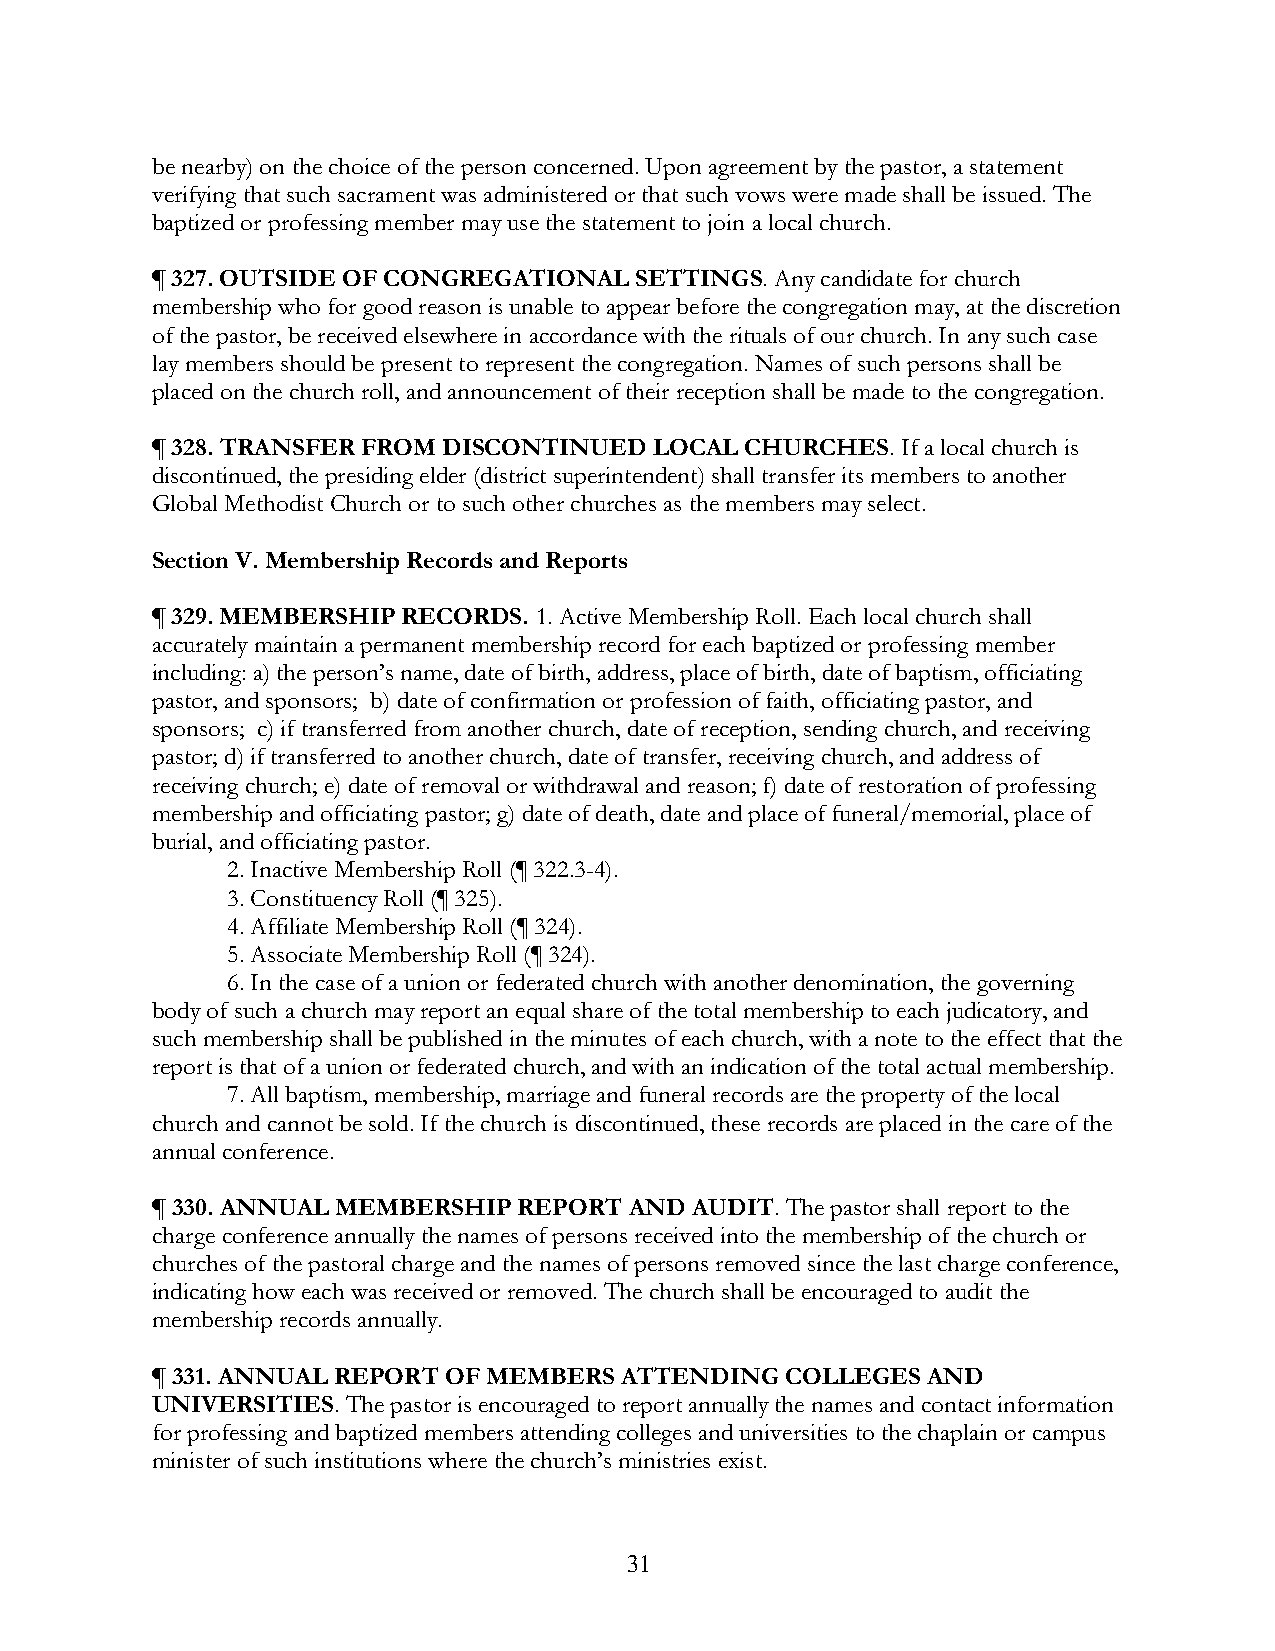
be nearby) on the choice of the person concerned. Upon agreement by the pastor, a statement
 verifying that such sacrament was administered or that such vows were made shall be issued. The
 baptized or professing member may use the statement to join a local church.
 ¶ 327. OUTSIDE OF CONGREGATIONAL SETTINGS. Any candidate for church
 membership who for good reason is unable to appear before the congregation may, at the discretion
 of the pastor, be received elsewhere in accordance with the rituals of our church. In any such case
 lay members should be present to represent the congregation. Names of such persons shall be
 placed on the church roll, and announcement of their reception shall be made to the congregation.
 ¶ 328. TRANSFER FROM DISCONTINUED LOCAL CHURCHES. If a local church is
 discontinued, the presiding elder (district superintendent) shall transfer its members to another
 Global Methodist Church or to such other churches as the members may select.
 Section V. Membership Records and Reports
 ¶ 329. MEMBERSHIP RECORDS. 1. Active Membership Roll. Each local church shall
 accurately maintain a permanent membership record for each baptized or professing member
 including: a) the person’s name, date of birth, address, place of birth, date of baptism, officiating
 pastor, and sponsors; b) date of confirmation or profession of faith, officiating pastor, and
 sponsors; c) if transferred from another church, date of reception, sending church, and receiving
 pastor; d) if transferred to another church, date of transfer, receiving church, and address of
 receiving church; e) date of removal or withdrawal and reason; f) date of restoration of professing
 membership and officiating pastor; g) date of death, date and place of funeral/memorial, place of
 burial, and officiating pastor.
 2. Inactive Membership Roll (¶ 322.3-4).
 3. Constituency Roll (¶ 325).
 4. Affiliate Membership Roll (¶ 324).
 5. Associate Membership Roll (¶ 324).
 6. In the case of a union or federated church with another denomination, the governing
 body of such a church may report an equal share of the total membership to each judicatory, and
 such membership shall be published in the minutes of each church, with a note to the effect that the
 report is that of a union or federated church, and with an indication of the total actual membership.
 7. All baptism, membership, marriage and funeral records are the property of the local
 church and cannot be sold. If the church is discontinued, these records are placed in the care of the
 annual conference.
 ¶ 330. ANNUAL MEMBERSHIP REPORT AND AUDIT. The pastor shall report to the
 charge conference annually the names of persons received into the membership of the church or
 churches of the pastoral charge and the names of persons removed since the last charge conference,
 indicating how each was received or removed. The church shall be encouraged to audit the
 membership records annually.
 ¶ 331. ANNUAL REPORT OF MEMBERS ATTENDING COLLEGES AND
 UNIVERSITIES. The pastor is encouraged to report annually the names and contact information
 for professing and baptized members attending colleges and universities to the chaplain or campus
 minister of such institutions where the church’s ministries exist.
 31